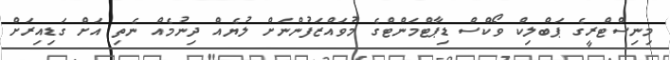
މިނިސްޓްރީގެ ޕަބްލިކް ވޯކްސް ޑިޕާޓްމަންޓްގެ މުވައްޒަފުންނަށް ލުޔެއް ދިނުމެއް ނެތި އަށް ގަޑިއިރަށް